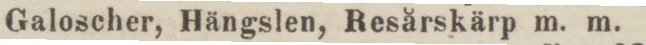
Galoscher, Hängslen, Resårskärp m. m.